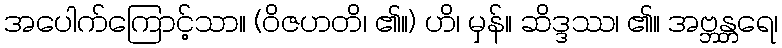
အပေါက်ကြောင့်သာ။ (ဝိဇဟတိ၊ ၏။) ဟိ၊ မှန်။ ဆိဒ္ဒဿ၊ ၏။ အဗ္ဘန္တရေ၊